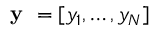
\textbf { y } = [ y _ { 1 } , \dots , y _ { N } ]